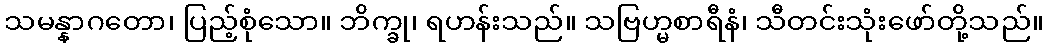
သမန္နာဂတော၊ ပြည့်စုံသော။ ဘိက္ခု၊ ရဟန်းသည်။ သဗြဟ္မစာရီနံ၊ သီတင်းသုံးဖော်တို့သည်။